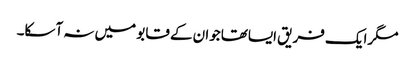
مگرایک فریق ایساتھاجوان کے قابو میں نہ آسکا۔